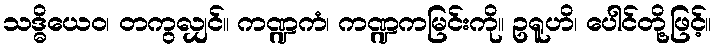
သဒ္ဓိယေဝ၊ တကွလျှင်။ ကဏ္ဍကံ၊ ကဏ္ဍကမြင်းကို။ ဥရူဟိ၊ ပေါင်တို့ဖြင့်။